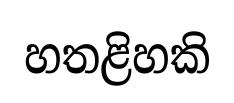
හතළිහකි